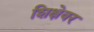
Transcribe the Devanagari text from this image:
शिक्षेवर